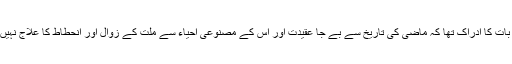
انہیں اس بات کا ادراک تھا کہ ماضی کی تاریخ سے بے جا عقیدت اور اس کے مصنوعی احیاء سے ملت کے زوال اور انحطاط کا علاج نہیں ہو سکتا۔